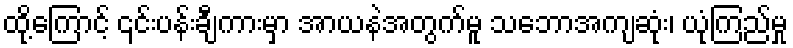
ထို့ကြောင့် ၎င်းပန်းချီကားမှာ အာယနဲအတွက်မူ သဘောအကျဆုံး၊ ယုံကြည်မှု